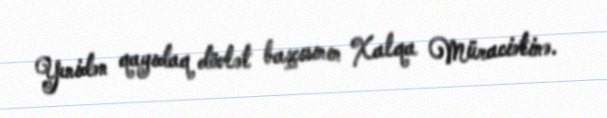
Yenidən qayıdaq dövlət başçısının Xalqa Müraciətinə.